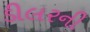
ડીલરની